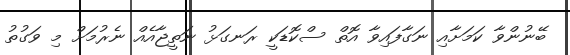
ބޭނުންވާ ކަމަށާއި ނަގާފައިވާ އޮތް ސްކޮޑަކީ ރަނގަޅު ނަތީޖާއެއް ނެރުމަށް މި ވަގުތު